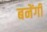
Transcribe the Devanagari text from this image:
बनेंगीं